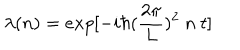
LaTeX: \lambda ( n ) = e x p [ - i \hbar ( { \frac { 2 \pi } { L } } ) ^ { 2 } ~ n ~ t ]